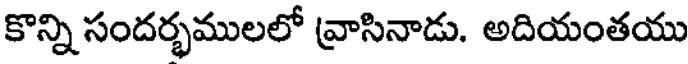
కొన్ని సందర్భములలో వ్రాసినాడు. అదియంతయు